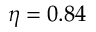
\eta = 0 . 8 4